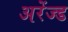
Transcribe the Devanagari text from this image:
अरेंज्ड